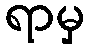
ရာမှ